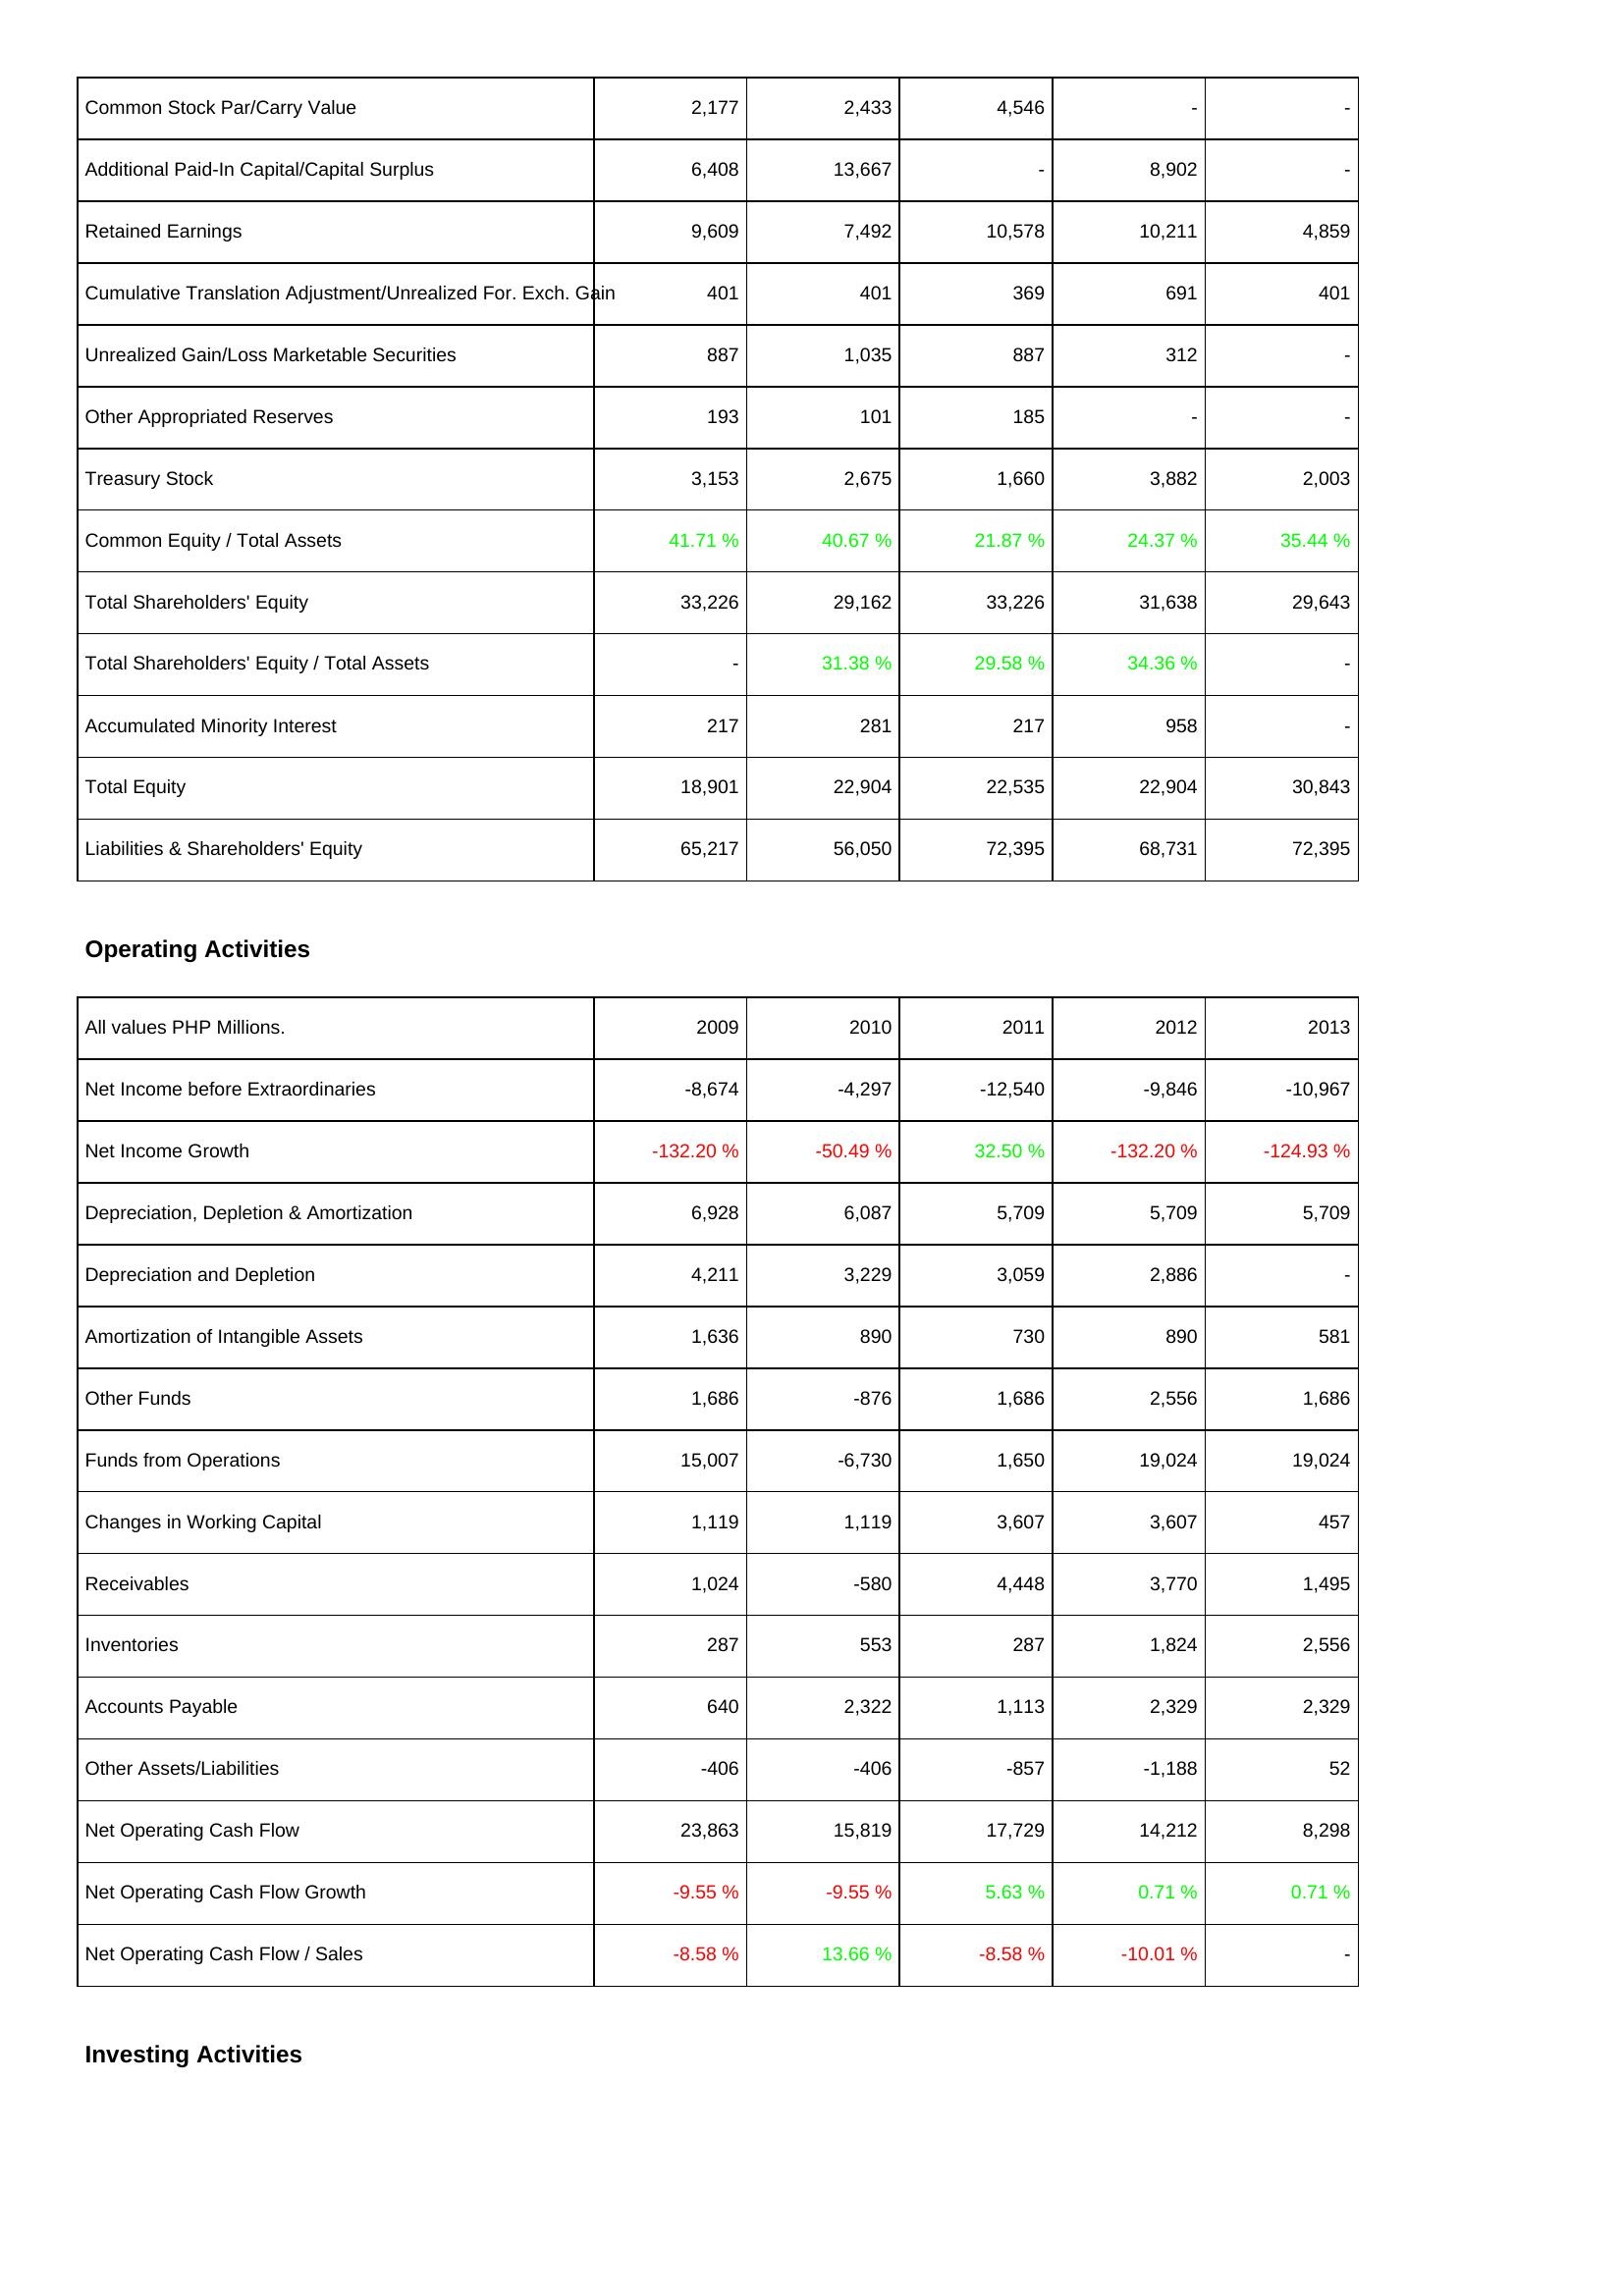
2009: Liabilities & Shareholders' Equity: Common Stock Par/Carry Value: 2,177
Additional Paid-In Capital/Capital Surplus: 6,408
Retained Earnings: 9,609
Cumulative Translation Adjustment/Unrealized For. Exch. Gain: 401
Unrealized Gain/Loss Marketable Securities: 887
Other Appropriated Reserves: 193
Treasury Stock: 3,153
Common Equity / Total Assets: 41.71 %
Total Shareholders' Equity: 33,226
Total Shareholders' Equity / Total Assets: -
Accumulated Minority Interest: 217
Total Equity: 18,901
Liabilities & Shareholders' Equity: 65,217
Operating Activities: Net Income before Extraordinaries: -8,674
Net Income Growth: -132.20 %
Depreciation, Depletion & Amortization: 6,928
Depreciation and Depletion: 4,211
Amortization of Intangible Assets: 1,636
Other Funds: 1,686
Funds from Operations: 15,007
Changes in Working Capital: 1,119
Receivables: 1,024
Inventories: 287
Accounts Payable: 640
Other Assets/Liabilities: -406
Net Operating Cash Flow: 23,863
Net Operating Cash Flow Growth: -9.55 %
Net Operating Cash Flow / Sales: -8.58 %
2010: Liabilities & Shareholders' Equity: Common Stock Par/Carry Value: 2,433
Additional Paid-In Capital/Capital Surplus: 13,667
Retained Earnings: 7,492
Cumulative Translation Adjustment/Unrealized For. Exch. Gain: 401
Unrealized Gain/Loss Marketable Securities: 1,035
Other Appropriated Reserves: 101
Treasury Stock: 2,675
Common Equity / Total Assets: 40.67 %
Total Shareholders' Equity: 29,162
Total Shareholders' Equity / Total Assets: 31.38 %
Accumulated Minority Interest: 281
Total Equity: 22,904
Liabilities & Shareholders' Equity: 56,050
Operating Activities: Net Income before Extraordinaries: -4,297
Net Income Growth: -50.49 %
Depreciation, Depletion & Amortization: 6,087
Depreciation and Depletion: 3,229
Amortization of Intangible Assets: 890
Other Funds: -876
Funds from Operations: -6,730
Changes in Working Capital: 1,119
Receivables: -580
Inventories: 553
Accounts Payable: 2,322
Other Assets/Liabilities: -406
Net Operating Cash Flow: 15,819
Net Operating Cash Flow Growth: -9.55 %
Net Operating Cash Flow / Sales: 13.66 %
2011: Liabilities & Shareholders' Equity: Common Stock Par/Carry Value: 4,546
Additional Paid-In Capital/Capital Surplus: -
Retained Earnings: 10,578
Cumulative Translation Adjustment/Unrealized For. Exch. Gain: 369
Unrealized Gain/Loss Marketable Securities: 887
Other Appropriated Reserves: 185
Treasury Stock: 1,660
Common Equity / Total Assets: 21.87 %
Total Shareholders' Equity: 33,226
Total Shareholders' Equity / Total Assets: 29.58 %
Accumulated Minority Interest: 217
Total Equity: 22,535
Liabilities & Shareholders' Equity: 72,395
Operating Activities: Net Income before Extraordinaries: -12,540
Net Income Growth: 32.50 %
Depreciation, Depletion & Amortization: 5,709
Depreciation and Depletion: 3,059
Amortization of Intangible Assets: 730
Other Funds: 1,686
Funds from Operations: 1,650
Changes in Working Capital: 3,607
Receivables: 4,448
Inventories: 287
Accounts Payable: 1,113
Other Assets/Liabilities: -857
Net Operating Cash Flow: 17,729
Net Operating Cash Flow Growth: 5.63 %
Net Operating Cash Flow / Sales: -8.58 %
2012: Liabilities & Shareholders' Equity: Common Stock Par/Carry Value: -
Additional Paid-In Capital/Capital Surplus: 8,902
Retained Earnings: 10,211
Cumulative Translation Adjustment/Unrealized For. Exch. Gain: 691
Unrealized Gain/Loss Marketable Securities: 312
Other Appropriated Reserves: -
Treasury Stock: 3,882
Common Equity / Total Assets: 24.37 %
Total Shareholders' Equity: 31,638
Total Shareholders' Equity / Total Assets: 34.36 %
Accumulated Minority Interest: 958
Total Equity: 22,904
Liabilities & Shareholders' Equity: 68,731
Operating Activities: Net Income before Extraordinaries: -9,846
Net Income Growth: -132.20 %
Depreciation, Depletion & Amortization: 5,709
Depreciation and Depletion: 2,886
Amortization of Intangible Assets: 890
Other Funds: 2,556
Funds from Operations: 19,024
Changes in Working Capital: 3,607
Receivables: 3,770
Inventories: 1,824
Accounts Payable: 2,329
Other Assets/Liabilities: -1,188
Net Operating Cash Flow: 14,212
Net Operating Cash Flow Growth: 0.71 %
Net Operating Cash Flow / Sales: -10.01 %
2013: Liabilities & Shareholders' Equity: Common Stock Par/Carry Value: -
Additional Paid-In Capital/Capital Surplus: -
Retained Earnings: 4,859
Cumulative Translation Adjustment/Unrealized For. Exch. Gain: 401
Unrealized Gain/Loss Marketable Securities: -
Other Appropriated Reserves: -
Treasury Stock: 2,003
Common Equity / Total Assets: 35.44 %
Total Shareholders' Equity: 29,643
Total Shareholders' Equity / Total Assets: -
Accumulated Minority Interest: -
Total Equity: 30,843
Liabilities & Shareholders' Equity: 72,395
Operating Activities: Net Income before Extraordinaries: -10,967
Net Income Growth: -124.93 %
Depreciation, Depletion & Amortization: 5,709
Depreciation and Depletion: -
Amortization of Intangible Assets: 581
Other Funds: 1,686
Funds from Operations: 19,024
Changes in Working Capital: 457
Receivables: 1,495
Inventories: 2,556
Accounts Payable: 2,329
Other Assets/Liabilities: 52
Net Operating Cash Flow: 8,298
Net Operating Cash Flow Growth: 0.71 %
Net Operating Cash Flow / Sales: -